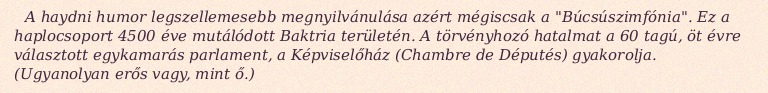
A haydni humor legszellemesebb megnyilvánulása azért mégiscsak a "Búcsúszimfónia". Ez a haplocsoport 4500 éve mutálódott Baktria területén. A törvényhozó hatalmat a 60 tagú, öt évre választott egykamarás parlament, a Képviselőház (Chambre de Députés) gyakorolja. (Ugyanolyan erős vagy, mint ő.)